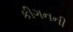
કીગનની